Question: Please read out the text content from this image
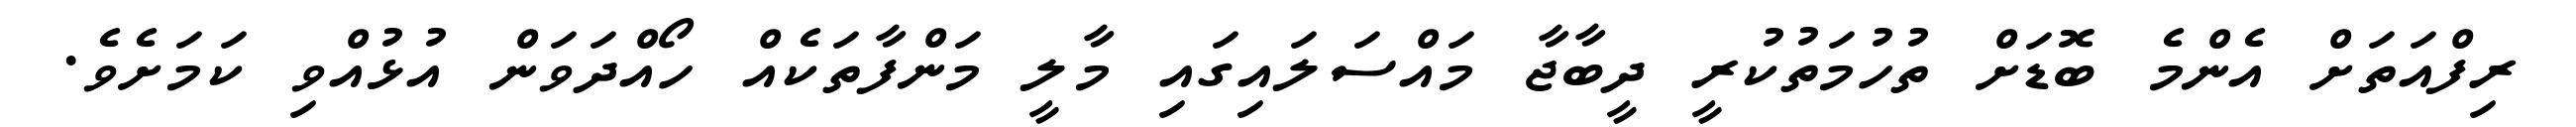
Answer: ރިފްއަތަށް އެންމެ ބޮޑަށް ތުހުމަތުކުރީ ދީބާޖާ މައްސަލައިގައި މާލީ މަންފާތަކެއް ހޯއްދަވަން އުޅުއްވި ކަމަށެވެ.